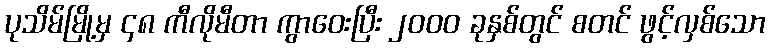
ပုသိမ်မြို့မှ ၄၈ ကီလိုမီတာ ကွာဝေးပြီး ၂၀၀၀ ခုနှစ်တွင် စတင် ဖွင့်လှစ်သော